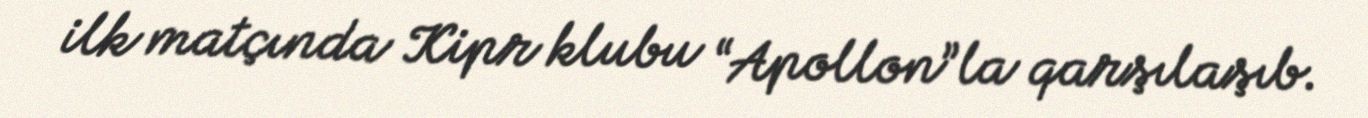
ilk matçında Kipr klubu “Apollon”la qarşılaşıb.